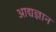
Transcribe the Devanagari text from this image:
आद्यज्ञान